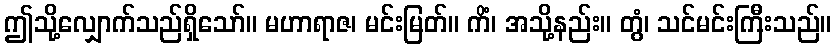
ဤသို့လျှောက်သည်ရှိသော်။ မဟာရာဇ၊ မင်းမြတ်။ ကိံ၊ အသို့နည်း။ တွံ၊ သင်မင်းကြီးသည်။